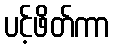
ပင့်ဖိတ်ကာ